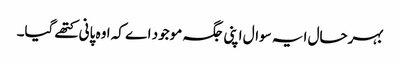
بہرحال ایہ سوال اپنی جگہ موجود اے کہ اوہ پانی کتھے گیا۔